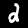
Digit: 2